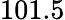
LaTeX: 101.5